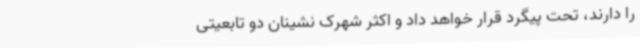
را دارند، تحت پیگرد قرار خواهد داد و اکثر شهرک نشینان دو تابعیتی